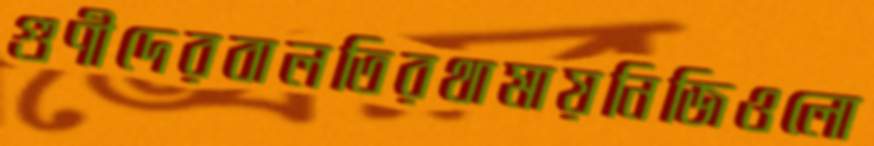
গুণীদেরবালতিরথামায়নিজিওলো